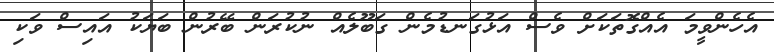
އެހެންވީމަ އެއްގޮތަކަށް ވެސް އަޅުގަނޑުމެން ގަބޫލެއް ނުކުރަން ބޭރުން ބަޔަކު އައިސް ވަކި